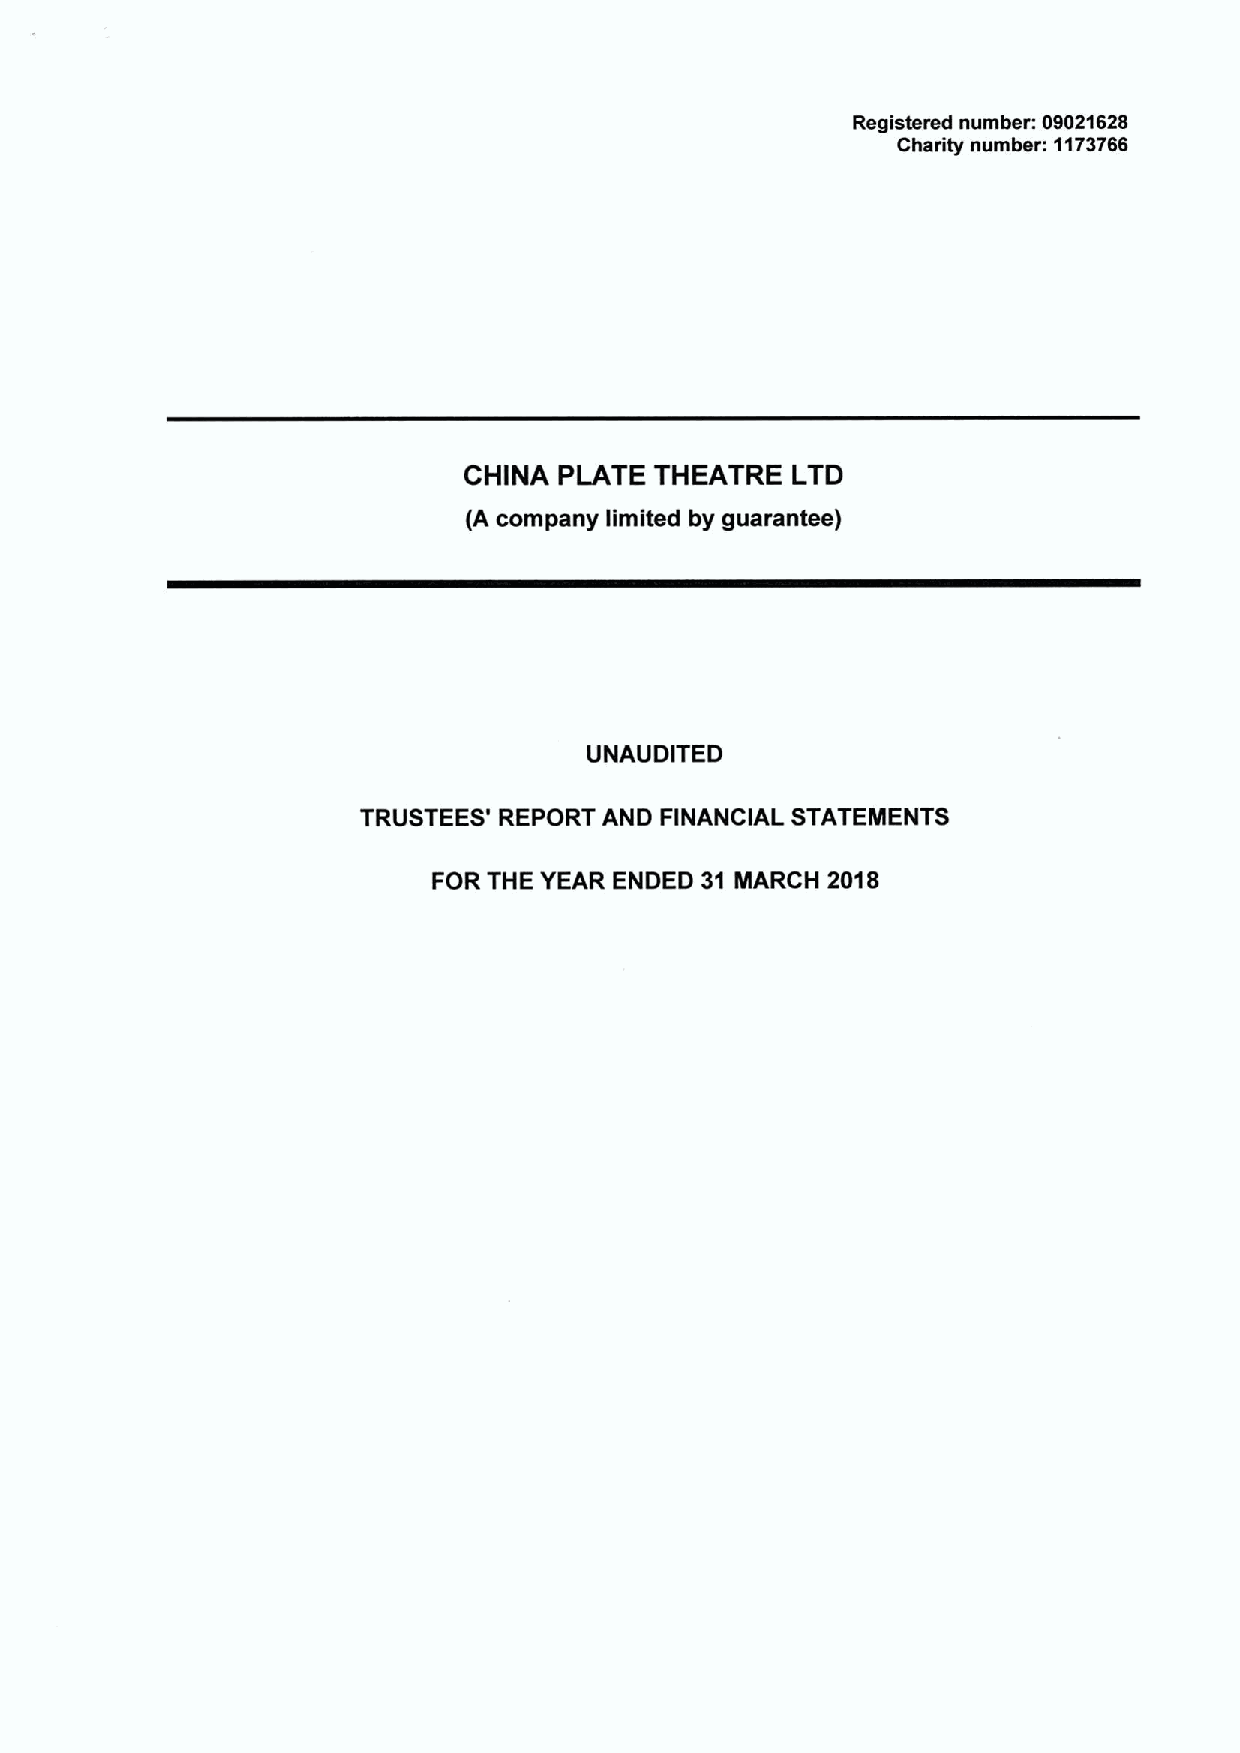
Registered number: 09021626
 Charity number: 1173766
 CHINA PLATE THEATRE  LTD
 (A company limited by guarantee)
 UNAUDITED
 TRUSTEES' REPORT AND FINANCIAL STATEMENTS
 FOR THE YEAR ENDED 31 MARCH 2018